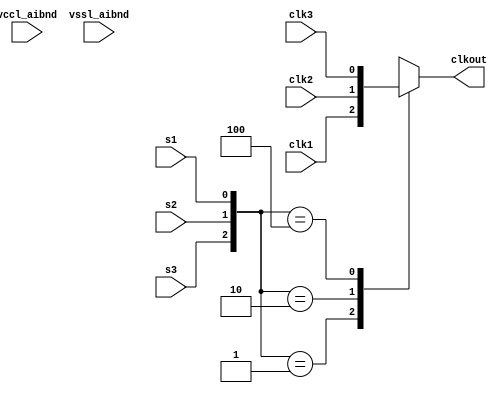
// This program was cloned from: https://github.com/chipsalliance/aib-phy-hardware
// License: Apache License 2.0

// SPDX-License-Identifier: Apache-2.0
// Copyright (C) 2019 Intel Corporation. 
// Library - aibnd_lib, Cell - aibnd_red_clkmux3, View - schematic
// LAST TIME SAVED: Apr 22 13:17:46 2015
// NETLIST TIME: May 11 08:48:38 2015
//`timescale 1ns / 1ns 

module aibnd_red_clkmux3 ( clkout, clk1, clk2, clk3, s1, s2, s3,
     vccl_aibnd, vssl_aibnd );

output  clkout;

input  clk1, clk2, clk3, s1, s2, s3, vccl_aibnd, vssl_aibnd;

reg clkout;

// List of primary aliased buses

/*
specify 
    specparam CDS_LIBNAME  = "aibnd_lib";
    specparam CDS_CELLNAME = "aibnd_red_clkmux3";
    specparam CDS_VIEWNAME = "schematic";
endspecify
*/

always @ ( s1 or s2 or s3 or clk1 or clk2 or clk3 )
	case ( {s3,s2,s1} )
		3'b001 : clkout = clk1 ;
		3'b010 : clkout = clk2 ;
		3'b100 : clkout = clk3 ;
		default : clkout = 1'bx ;
	endcase
endmodule


// End HDL models